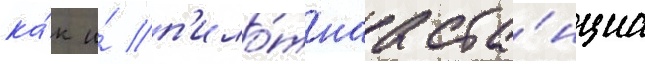
ка́к и́ п'ило́тнаа ста́нциа